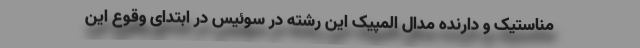
مناستیک و دارنده مدال المپیک این رشته در سوئیس در ابتدای وقوع این